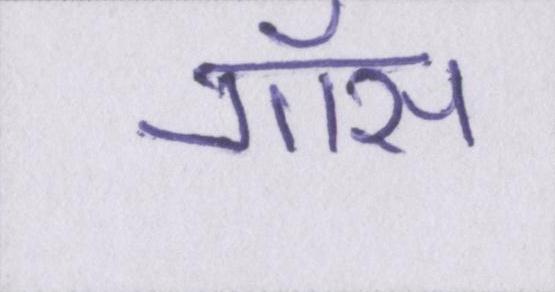
गॉस